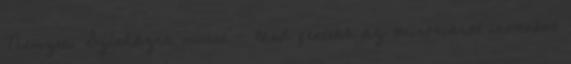
Nemzeti Színházra mutat - lásd fentebb az öniróniáról írottakat